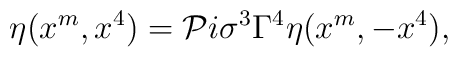
\eta (x^{m},x^{4})={\cal P}i\sigma ^{3}\Gamma ^{4}\eta (x^{m},-x^{4}),